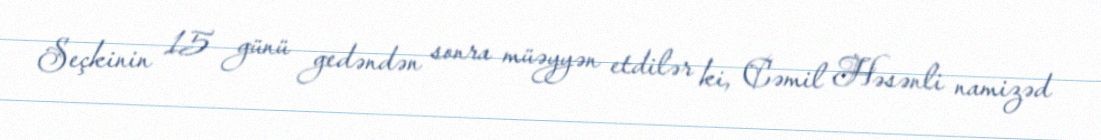
Seçkinin 15 günü gedəndən sonra müəyyən etdilər ki, Cəmil Həsənli namizəd